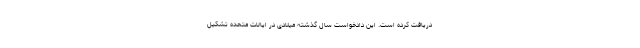
دریافت کرده است. این دادخواست سال گذشته میلادی در ایالات متحده تشکیل